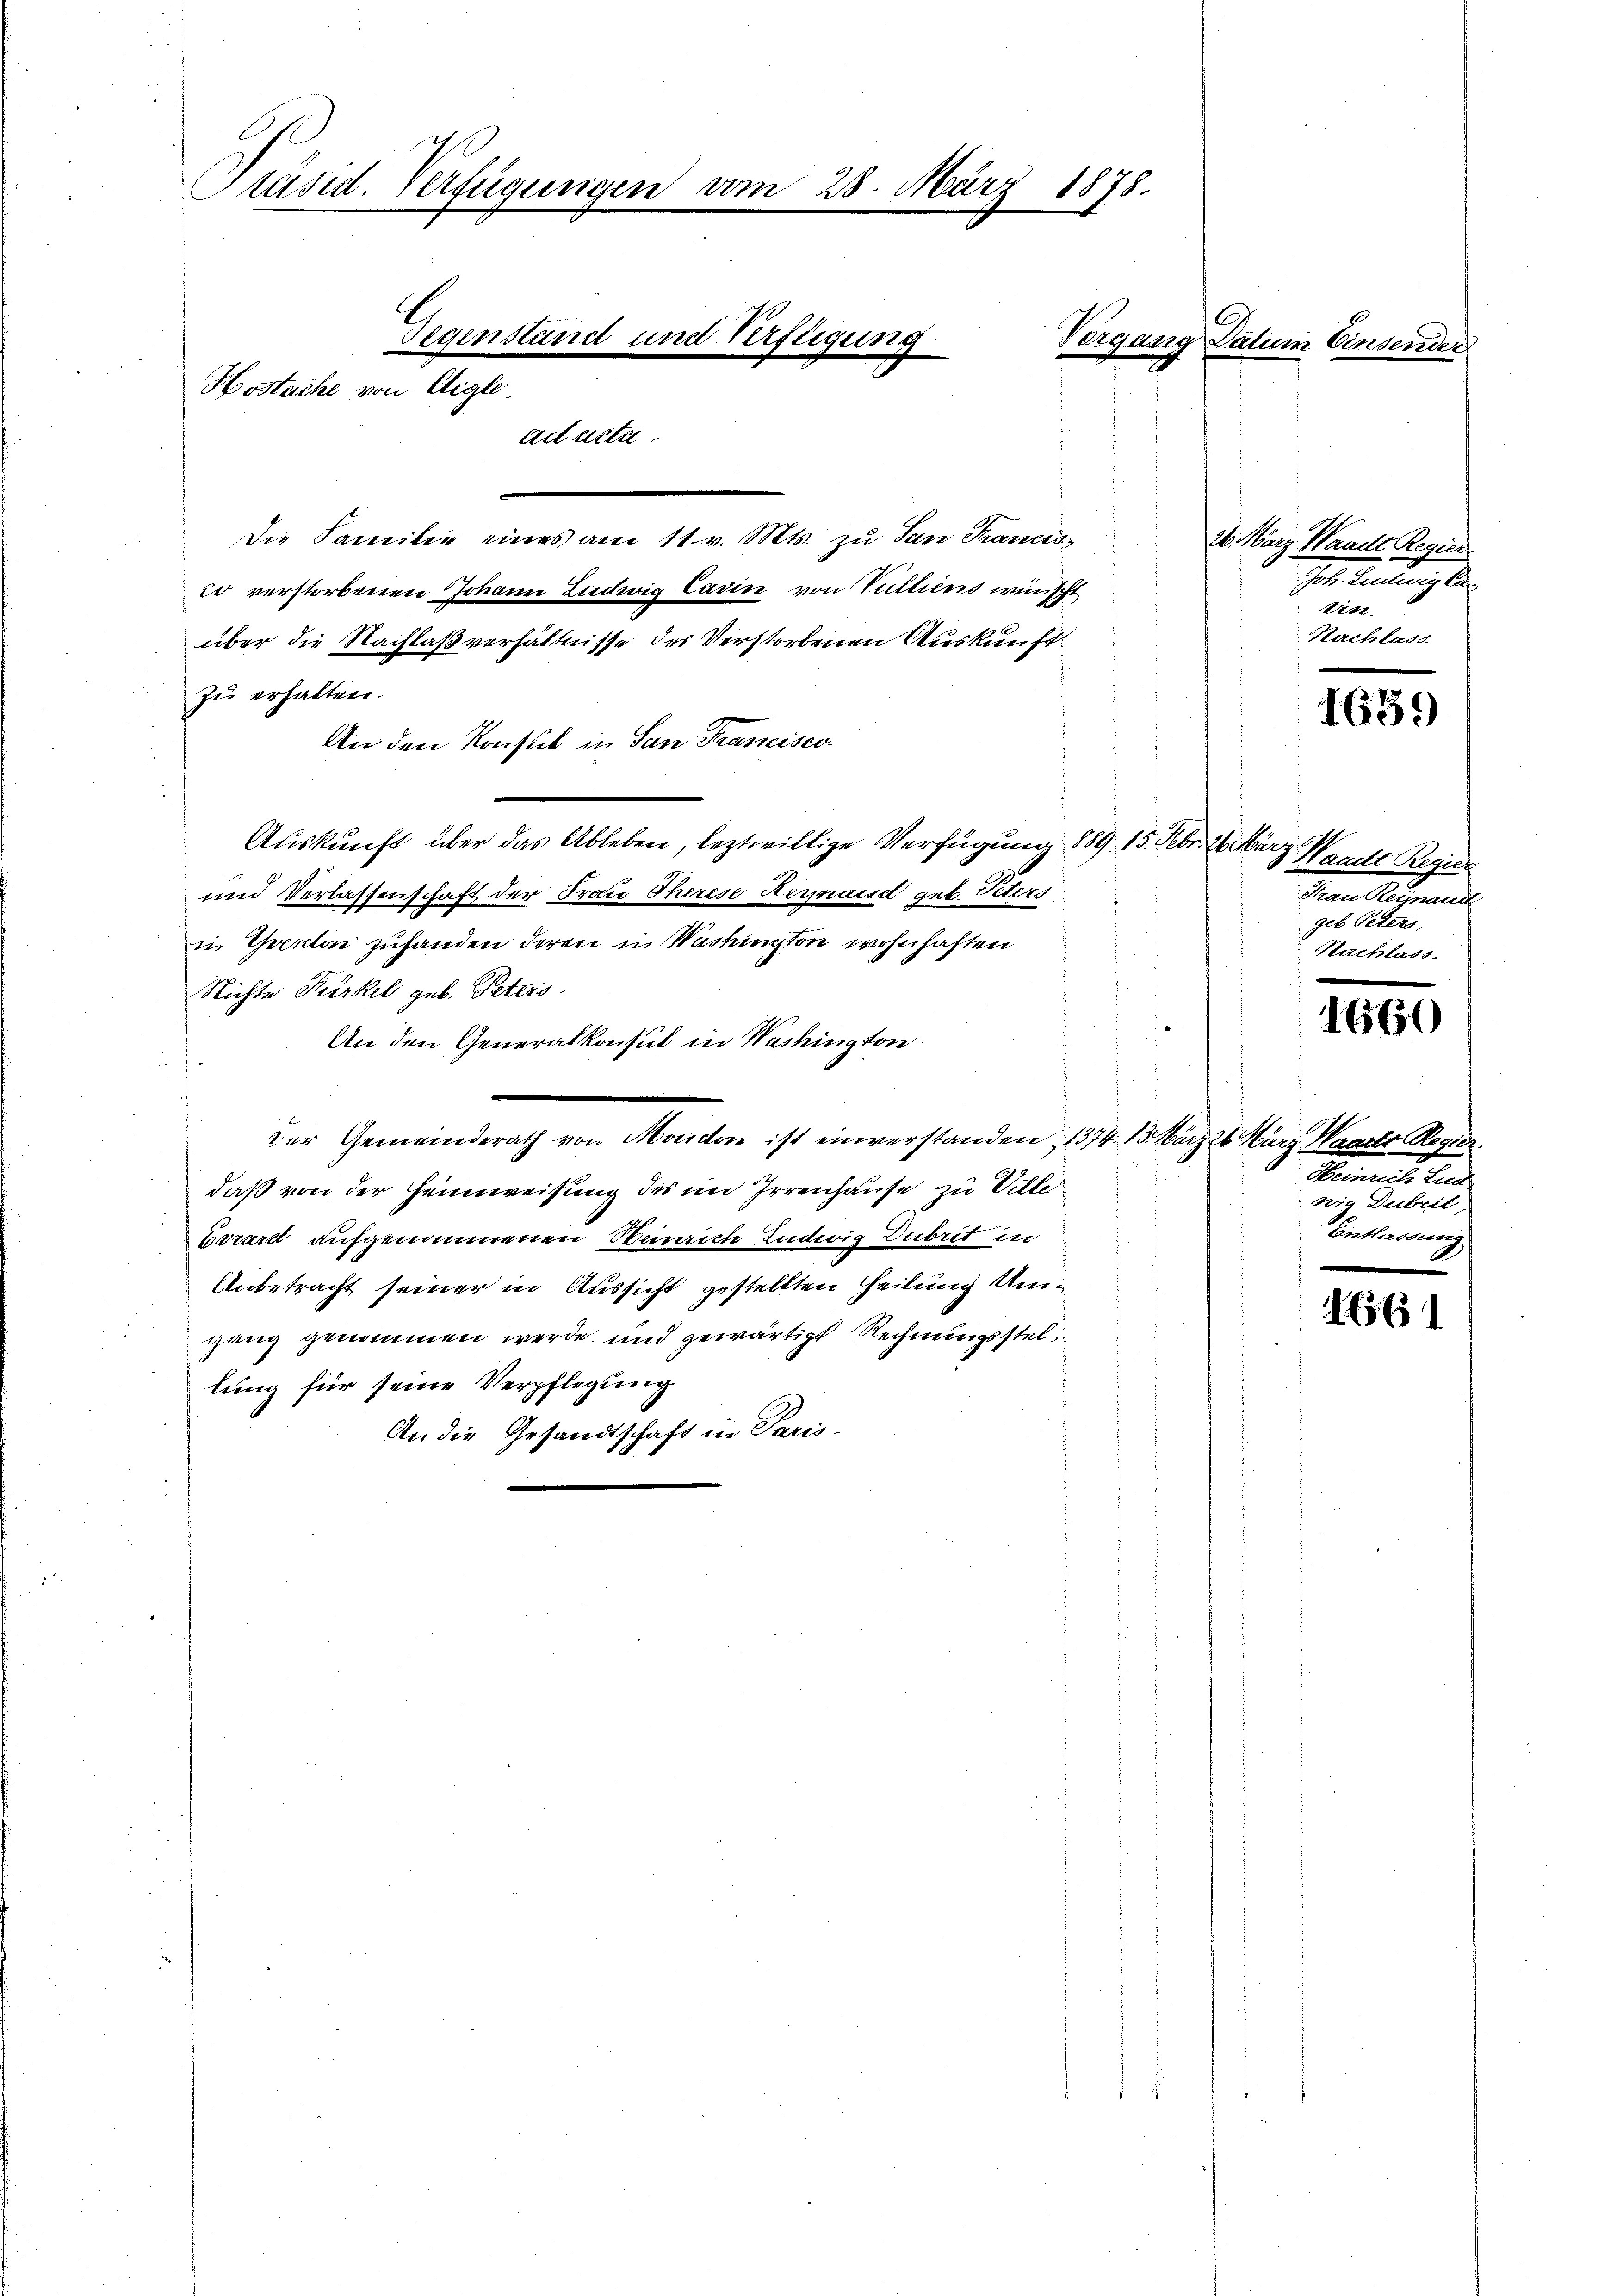
Präsid. Verfügungen vom 28. März 1878.
Gegenstand und Verfügung
Hostache von Aigle
ait urte

Die Familie eines am 11. v. Mts. zu San Frances,
co verstorbenen Johann Ludwig Carin von Vulliens wünscht
über die Nachlaßverhältnisse der Verstorbenen Auskunft
zu erhalten.
An den Konsul in San Francisco
Auskunft über das Ableben, leztwillige Verfügung 1889. 15. Febr. 26. März
und Verlassenschaft der Frau Therese Renaisd geb. Peters
i Grenton zuhanden deren in Washington wohnhaften
d
Nichte Kürkel geb. Peters
An den Generalkonsul in Washington
Der Gemeinderath von Morden ist einverstanden, 1374. 13. März 26. März Waarer Regier
daß von der Heimweisung des im Irrenhause zu Ville
Brrard aufgenommenen Sinaich Indwig Dubrit in
s
Unbetracht seiner in Aussicht gestellten Heilung Umgang genommen werde, und gewärtigt Rechnungsstel
lung für seine Verpflegung
An die Gesandtschaft in Paris.

Vergang Datum Einsender

26. März Waadt Regier
Joh. Seiten de
tist
Nachlass

1659

Waadt Zürich
Deren Ausgemeint.
geb Peters,
Nachlass.

1660

Moment land,
nr Dubril
Entladung

1656